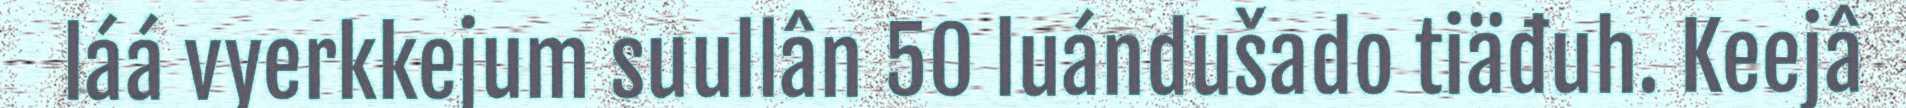
láá vyerkkejum suullân 50 luándušado tiäđuh. Keejâ